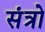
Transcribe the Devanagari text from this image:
संत्रो